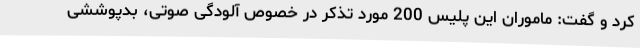
کرد و گفت: ماموران این پلیس 200 مورد تذکر در خصوص آلودگی صوتی، بدپوششی